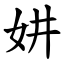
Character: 妌